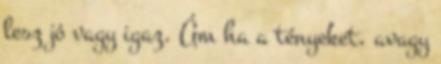
lesz jó vagy igaz. Ám ha a tényeket, avagy